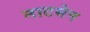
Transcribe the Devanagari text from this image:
नाटसेन